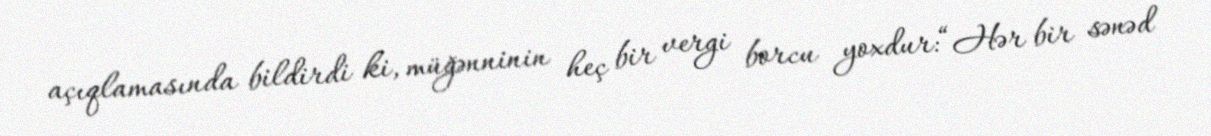
açıqlamasında bildirdi ki, müğənninin heç bir vergi borcu yoxdur:“Hər bir sənəd